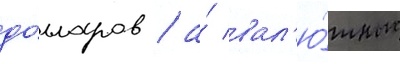
до́лларов / а́ вал'ю́тные